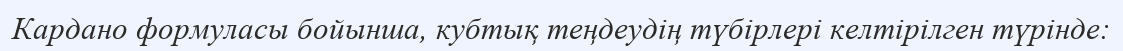
Кардано формуласы бойынша, кубтық теңдеудің түбірлері келтірілген түрінде: